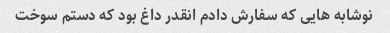
نوشابه هایی که سفارش دادم انقدر داغ بود که دستم سوخت